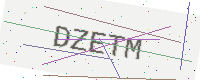
Text: DZETM